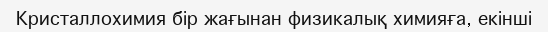
Кристаллохимия бір жағынан физикалық химияға, екінші